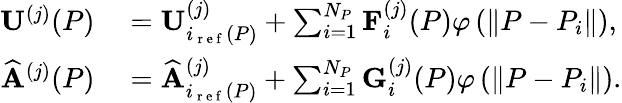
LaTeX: \begin{array}{rl}{\mathbf{U}^{(j)}(P)}&{{}=\mathbf{U}_{i_{\mathrm{~r~e~f~}}(P)}^{(j)}+\sum_{i=1}^{N_{P}}\mathbf{F}_{i}^{(j)}(P)\varphi\left(\left\| P-P_{i}\right\| \right),}\\ {\widehat{\mathbf{A}}^{(j)}(P)}&{{}=\widehat{\mathbf{A}}_{i_{\mathrm{~r~e~f~}}(P)}^{(j)}+\sum_{i=1}^{N_{P}}\mathbf{G}_{i}^{(j)}(P)\varphi\left(\left\| P-P_{i}\right\| \right).}\end{array}